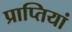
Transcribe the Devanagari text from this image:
प्राप्तियां